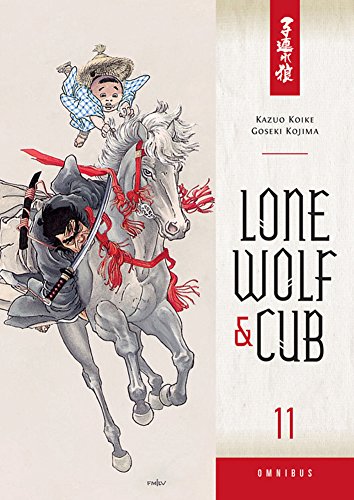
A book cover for Lone Wolf and Cub Omnibus Volume 11; Kazuo Koike; Comics & Graphic Novels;